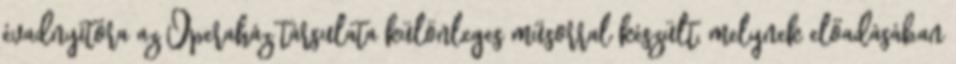
évadnyitóra az Operaház társulata különleges műsorral készült, melynek előadásában